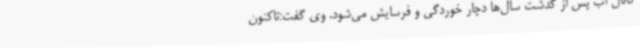
کانال آب پس از گذشت سال‌ها دچار خوردگی و فرسایش می‌شود. وی گفت:تاکنون